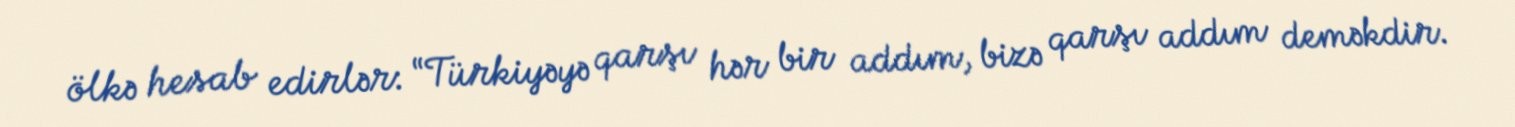
ölkə hesab edirlər: “Türkiyəyə qarşı hər bir addım, bizə qarşı addım deməkdir.